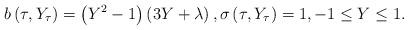
LaTeX: \begin{align*}b\left(\tau, Y_{\tau}\right) = \left(Y^2-1\right)\left(3Y + \lambda\right), \sigma\left(\tau, Y_{\tau}\right) = 1, -1 \leq Y \leq 1.\end{align*}